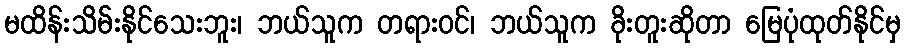
မထိန်းသိမ်းနိုင်သေးဘူး၊ ဘယ်သူက တရားဝင်၊ ဘယ်သူက ခိုးတူးဆိုတာ မြေပုံထုတ်နိုင်မှ